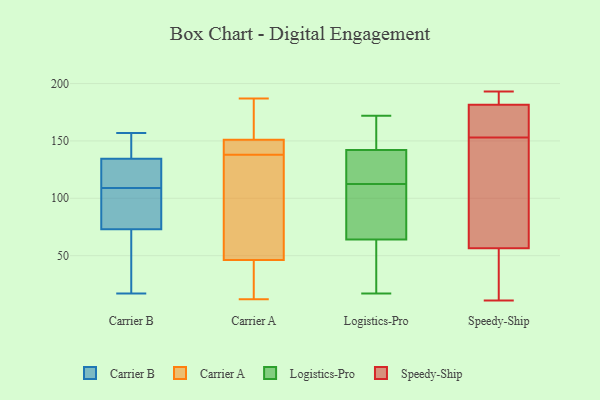
{"axis": {"x": "LTV (USD)", "y": "Value"}, "legend": ["Carrier A", "Carrier B", "Logistics-Pro", "Speedy-Ship"], "data": [{"x": "", "y": 66, "type": "Carrier B"}, {"x": "", "y": 77, "type": "Carrier B"}, {"x": "", "y": 80, "type": "Carrier B"}, {"x": "", "y": 17, "type": "Carrier B"}, {"x": "", "y": 129, "type": "Carrier B"}, {"x": "", "y": 133, "type": "Carrier B"}, {"x": "", "y": 69, "type": "Carrier B"}, {"x": "", "y": 136, "type": "Carrier B"}, {"x": "", "y": 90, "type": "Carrier B"}, {"x": "", "y": 128, "type": "Carrier B"}, {"x": "", "y": 154, "type": "Carrier B"}, {"x": "", "y": 157, "type": "Carrier B"}, {"x": "", "y": 137, "type": "Carrier A"}, {"x": "", "y": 53, "type": "Carrier A"}, {"x": "", "y": 138, "type": "Carrier A"}, {"x": "", "y": 86, "type": "Carrier A"}, {"x": "", "y": 187, "type": "Carrier A"}, {"x": "", "y": 163, "type": "Carrier A"}, {"x": "", "y": 26, "type": "Carrier A"}, {"x": "", "y": 21, "type": "Carrier A"}, {"x": "", "y": 185, "type": "Carrier A"}, {"x": "", "y": 141, "type": "Carrier A"}, {"x": "", "y": 141, "type": "Carrier A"}, {"x": "", "y": 12, "type": "Carrier A"}, {"x": "", "y": 147, "type": "Carrier A"}, {"x": "", "y": 149, "type": "Logistics-Pro"}, {"x": "", "y": 17, "type": "Logistics-Pro"}, {"x": "", "y": 64, "type": "Logistics-Pro"}, {"x": "", "y": 128, "type": "Logistics-Pro"}, {"x": "", "y": 97, "type": "Logistics-Pro"}, {"x": "", "y": 34, "type": "Logistics-Pro"}, {"x": "", "y": 71, "type": "Logistics-Pro"}, {"x": "", "y": 142, "type": "Logistics-Pro"}, {"x": "", "y": 133, "type": "Logistics-Pro"}, {"x": "", "y": 172, "type": "Logistics-Pro"}, {"x": "", "y": 128, "type": "Speedy-Ship"}, {"x": "", "y": 11, "type": "Speedy-Ship"}, {"x": "", "y": 193, "type": "Speedy-Ship"}, {"x": "", "y": 145, "type": "Speedy-Ship"}, {"x": "", "y": 169, "type": "Speedy-Ship"}, {"x": "", "y": 31, "type": "Speedy-Ship"}, {"x": "", "y": 58, "type": "Speedy-Ship"}, {"x": "", "y": 52, "type": "Speedy-Ship"}, {"x": "", "y": 183, "type": "Speedy-Ship"}, {"x": "", "y": 153, "type": "Speedy-Ship"}, {"x": "", "y": 181, "type": "Speedy-Ship"}, {"x": "", "y": 175, "type": "Speedy-Ship"}, {"x": "", "y": 190, "type": "Speedy-Ship"}]}